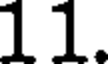
11.